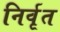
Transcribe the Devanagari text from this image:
निर्वृत